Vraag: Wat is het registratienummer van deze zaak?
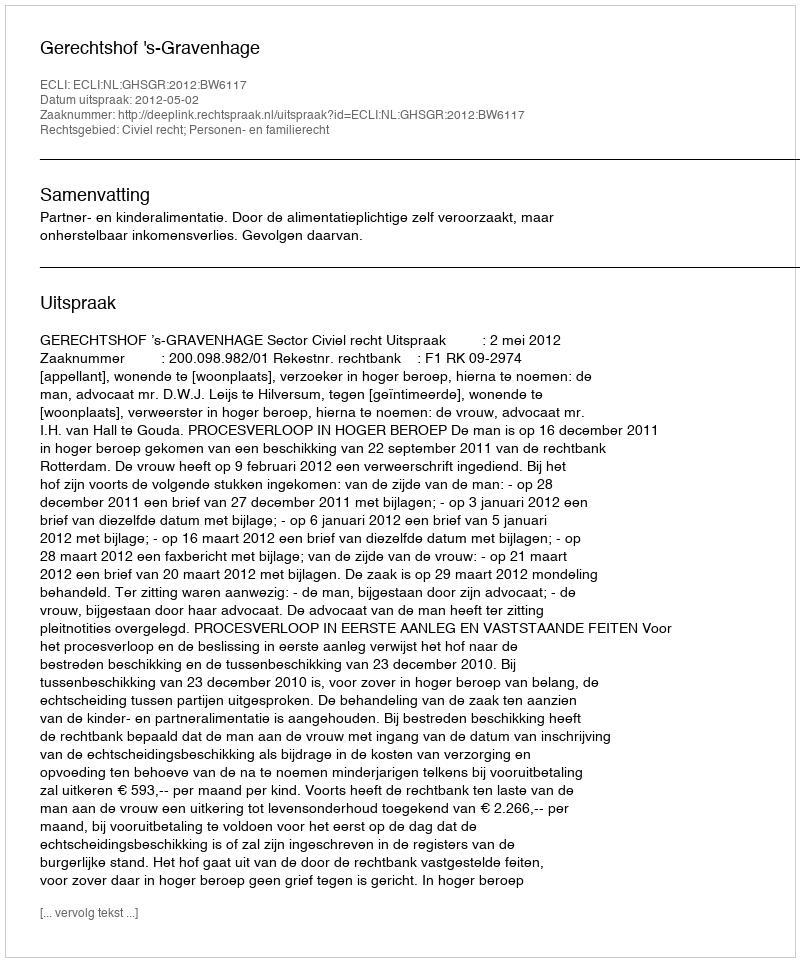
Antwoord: http://deeplink.rechtspraak.nl/uitspraak?id=ECLI:NL:GHSGR:2012:BW6117